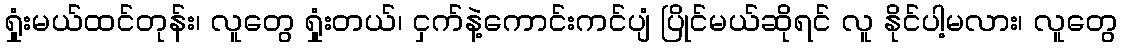
ရှုံးမယ်ထင်တုန်း၊ လူတွေ ရှုံးတယ်၊ ငှက်နဲ့ကောင်းကင်ပျံ ပြိုင်မယ်ဆိုရင် လူ နိုင်ပါ့မလား၊ လူတွေ